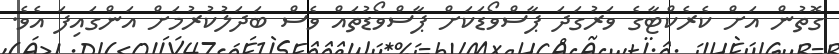
ގޮތުން އަށް ކެރެކްޓާގެ ވަރުގަދަ ޕާސްވޯޑަކަށް ޕާސްވޯޑުތައް ވެސް ބަދަލުކުރުމަށް އަންގައިފަ އެވެ.